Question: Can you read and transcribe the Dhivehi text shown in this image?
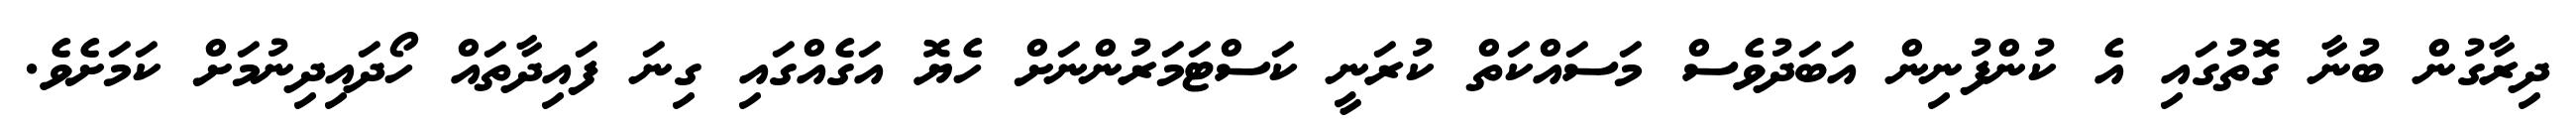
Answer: ދިރާގުން ބުނާ ގޮތުގައި އެ ކުންފުނިން އަބަދުވެސް މަސައްކަތް ކުރަނީ ކަސްޓަމަރުންނަށް ހެޔޮ އަގެއްގައި ގިނަ ފައިދާތައް ހޯދައިދިނުމަށް ކަމަށެވެ.